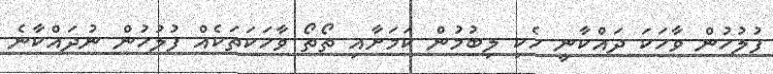
ފުލުހުން ވާހަކަ ދައްކާނީ ހެކި ލިބުމުން ކަމަށާއި ތޯތޯ ވާހަކަތަކެއް ފުލުހުން ނުދައްކާނެ